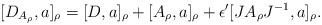
LaTeX: \begin{align*} [D_{A_\rho}, a]_\rho = [D, a]_\rho + [A_\rho, a]_\rho + \epsilon' [ J A_\rho J^{-1}, a]_\rho. \end{align*}